Indian journal of veterinary science and animal husbandry - Volume 8,
Year: 1938
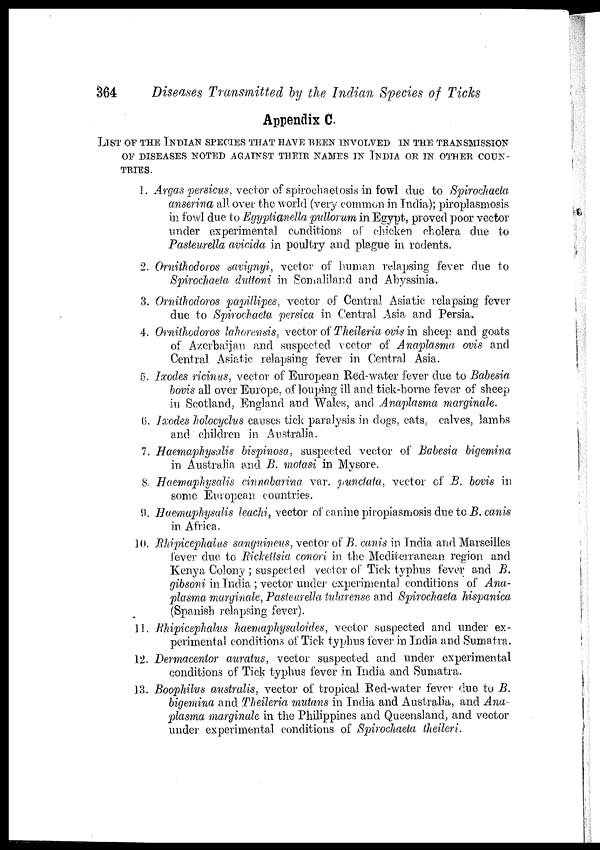
364
Diseases Transmitted by the Indian Species of Ticks
Appendix C.
LIST OF THE INDIAN SPECIES THAT HAVE BEEN INVOLVED IN THE TRANSMIS
OF DISEASES NOTED AGAINST THEIR NAMES IN INDIA OR IN OTHER COUN¬
TRIES.
1. Argas persicus, vector of spirochaetosis in fowl due to Spirochaeta
anserina all over the world (very common in India); piroplasmosis
in fowl due to Egyptianella pullorum in Egypt, proved poor vector
under experimental conditions of chicken cholera due to
Pasteurella avicida in poultry and plague in rodents.
2. Ornithodoros savignyi, vector of human relapsing fever due to
Spirochaeta duttoni in Somaliland and Abyssinia.
3. Ornithodoros papillipes, vector of Central Asiatic relapsing fever
due to Spirochaeta persica in Central Asia and Persia.
4. Ornithodoros lahorensis, vector of Theileria ovis in sheep and goats
of Azerbaijan and suspected vector of Anaplasma ovis and
Central Asiatic relapsing fever in Central Asia.
5. Ixodes ricinus, vector of European. Red-water fever due to Babesia
bovis all over Europe, of louping ill and tick-borne fever of sheep
in Scotland, England and Wales, and Anaplasma marginale.
6. Ixodes holocyclus causes tick paralysis in dogs, cats, calves, lambs
and children in Australia.
7. Haemaphysalis bispinosa, suspected vector of Babesia bigemina
in Australia, and B. motasi in Mysore.
8. Haemaphysalis cinnabarina var. punctata, vector of B. bovis in
some European countries.
9. Haemaphysalis leachi, vector of canine piroplasmosis due to B. canis
in Africa.
10. Rhipicephalus sanguineus, vector of B. canis in India and Marseilles
fever due to Rickettsia conori in the Mediterranean region and
Kenya Colony ; suspected vector of Tick typhus fever and B.
gibsoni in India ; vector under experimental conditions of Ana-
plasma marginale, Pasteurella tularense and Spirochaeta hispanica
(Spanish relapsing fever).
11. Rhipicephalus haemaphysaloides, vector suspected and under ex-
perimental conditions of Tick typhus fever in India and Sumatra.
12. Dermacentor auratus, vector suspected and under experimental
conditions of Tick typhus fever in India and Sumatra.
13. Boophilus australis, vector of tropical Red-water fever due to B.
bigemina and Theileria mutans in India and Australia, and Ana-
plasma marginale in the Philippines and Queensland, and vector
under experimental conditions of Spirochaeta theileri.